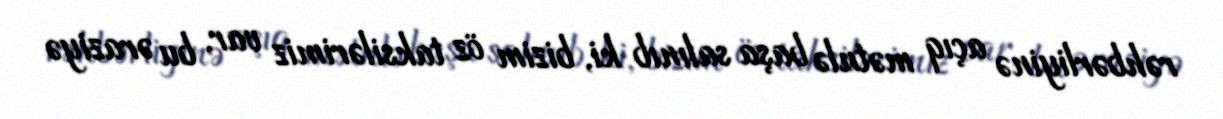
rəhbərliyinə açıq mətnlə başa salınıb ki, bizim öz taksilərimiz var, bu əraziyə